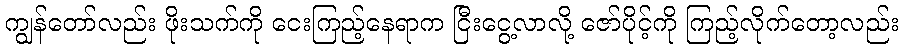
ကျွန်တော်လည်း ဖိုးသက်ကို ငေးကြည့်နေရာက ငြီးငွေ့လာလို့ ဇော်ပိုင့်ကို ကြည့်လိုက်တော့လည်း